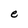
Character: e